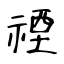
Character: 禋